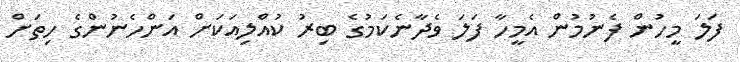
ފަލަ މީހުން ފެނުމުން އެމީހާ ފަލަ ވެދާނެކަމުގެ ބިރު ކުއްލިއަކަށް އަންހެނުންގެ ހިތަށް